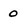
Character: 0